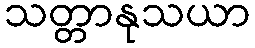
သတ္တာနုသယာ